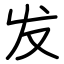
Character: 发